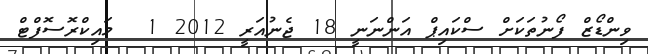
ވިންޑޯޒް ފޯނުތަކަށް ސްކައިޕް އަންނަނީ 18 ޖެނުއަރީ 2012 1  މައިކްރޮސޮފްޓް